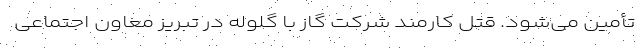
تأمین می‌شود. قتل کارمند شرکت گاز با گلوله در تبریز معاون اجتماعی